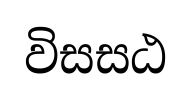
විසසඨ